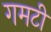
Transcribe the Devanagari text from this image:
गमटी